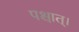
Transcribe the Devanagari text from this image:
पश्चात्‌।